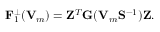
{ \displaystyle { \bf F } _ { 1 } ^ { \perp } ( { \bf V } _ { m } ) = { \bf Z } ^ { T } { \bf G } ( { \bf V } _ { m } { \bf S } ^ { - 1 } ) { \bf Z } } .